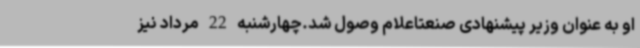
او به عنوان وزیر پیشنهادی صنعتاعلام وصول شد.چهارشنبه 22 مرداد نیز